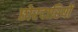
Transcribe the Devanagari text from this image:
छोरदारियों